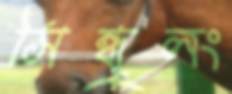
সিন্ধুলং